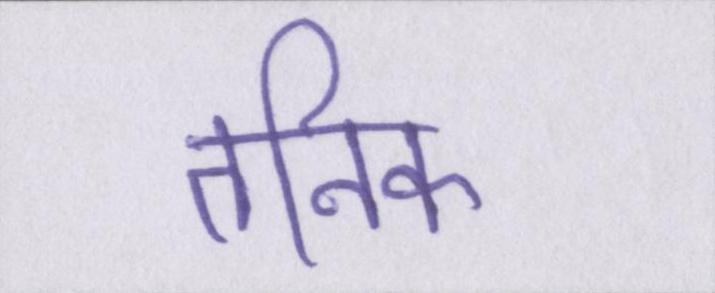
तनिक